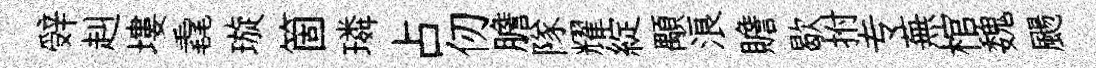
辤赳塿毳璇箇璘占仞膽隊耀綻顒浪贍歇拊专蕪棺魏颺